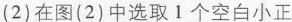
(2)在图(2)中选取1个空白小正